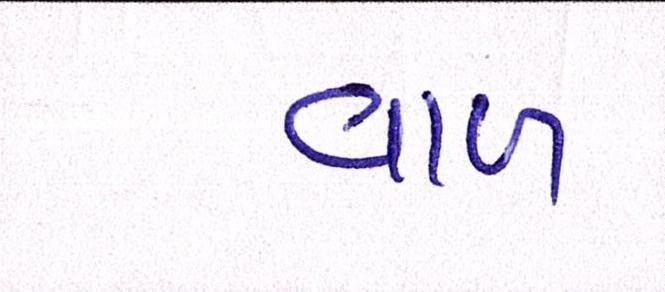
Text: વાળ